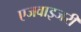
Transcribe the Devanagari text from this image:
एजवाइजरी